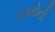
ટાવરોની